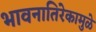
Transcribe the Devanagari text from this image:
भावनातिरेकामुळे